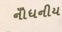
નોઁધનીય